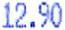
12.90